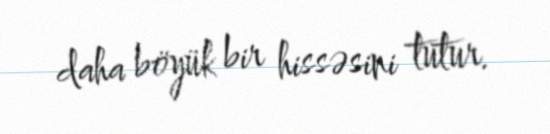
daha böyük bir hissəsini tutur.